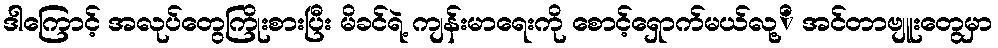
ဒါကြောင့် အလုပ်တွေကြိုးစားပြီး မိခင်ရဲ့ ကျန်းမာရေးကို စောင့်ရှောက်မယ်လု့ိ အင်တာဗျူးတွေမှာ